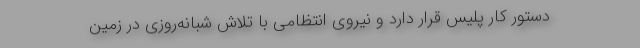
دستور کار پلیس قرار دارد و نیروی انتظامی با تلاش شبانه‌روزی در زمین